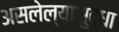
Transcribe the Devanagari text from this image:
असलेल्यासुद्धा